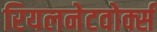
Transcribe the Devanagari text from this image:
रियलनेटवोर्क्स